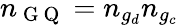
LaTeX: n_{\mathrm{~G~Q~}}=n_{g_{d}}n_{g_{c}}